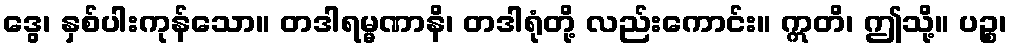
ဒွေ၊ နှစ်ပါးကုန်သော။ တဒါရမ္မဏာနိ၊ တဒါရုံတို့ လည်းကောင်း။ ဣတိ၊ ဤသို့။ ပဉ္စ၊